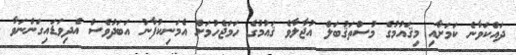
ދައްކަވާނެ ކަމަށާއި މިޤައުމުގެ މުސްތަޤުބަލް އުޖާލާވެ ޤައުމުގެ ހަމަޖެހުމަށް އެމަނިކުފާނު އަބަދުވެސް އެދިވަޑައިގަންނަވާ